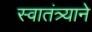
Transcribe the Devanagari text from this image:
स्वातंत्र्याने